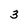
Character: 3